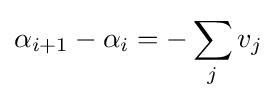
\alpha _{i+1}-\alpha _{i}=-\sum _{j}v_{j}